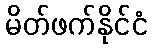
မိတ်ဖက်နိုင်ငံ